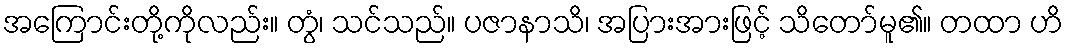
အကြောင်းတို့ကိုလည်း။ တွံ၊ သင်သည်။ ပဇာနာသိ၊ အပြားအားဖြင့် သိတော်မူ၏။ တထာ ဟိ